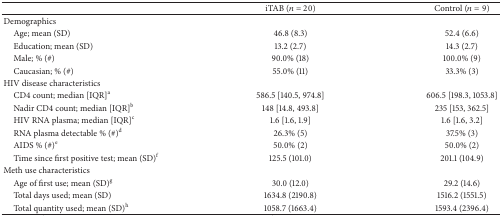
<table><thead><tr><td><b> </b></td><td><b>iTAB (<i>n</i> = 20)</b></td><td><b>Control (<i>n</i> = 9)</b></td></tr></thead><tbody><tr><td>Demographics</td><td> </td><td> </td></tr><tr><td> Age; mean (SD)</td><td>46.8 (8.3)</td><td>52.4 (6.6)</td></tr><tr><td> Education; mean (SD)</td><td>13.2 (2.7)</td><td>14.3 (2.7)</td></tr><tr><td> Male; % (#)</td><td>90.0% (18)</td><td>100.0% (9)</td></tr><tr><td> Caucasian; % (#)</td><td>55.0% (11)</td><td>33.3% (3)</td></tr><tr><td>HIV disease characteristics</td><td> </td><td> </td></tr><tr><td> CD4 count; median [IQR]<sup>a</sup></td><td>586.5 [140.5, 974.8]</td><td>606.5 [198.3, 1053.8]</td></tr><tr><td> Nadir CD4 count; median [IQR]<sup>b</sup></td><td>148 [14.8, 493.8]</td><td>235 [153, 362.5]</td></tr><tr><td> HIV RNA plasma; median [IQR]<sup>c</sup></td><td>1.6 [1.6, 1.9]</td><td>1.6 [1.6, 3.2]</td></tr><tr><td> RNA plasma detectable % (#)<sup>d</sup></td><td>26.3% (5)</td><td>37.5% (3)</td></tr><tr><td> AIDS % (#)<sup>e</sup></td><td>50.0% (2)</td><td>50.0% (2)</td></tr><tr><td> Time since first positive test; mean (SD)<sup>f</sup></td><td>125.5 (101.0)</td><td>201.1 (104.9)</td></tr><tr><td>Meth use characteristics</td><td> </td><td> </td></tr><tr><td> Age of first use; mean (SD)<sup>g</sup></td><td>30.0 (12.0)</td><td>29.2 (14.6)</td></tr><tr><td> Total days used; mean (SD)</td><td>1634.8 (2190.8)</td><td>1516.2 (1551.5)</td></tr><tr><td> Total quantity used; mean (SD)<sup>h</sup></td><td>1058.7 (1663.4)</td><td>1593.4 (2396.4)</td></tr></tbody></table>